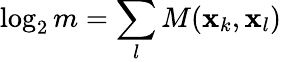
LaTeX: \log_{2}m=\sum_{l}M(\mathbf{x}_{k},\mathbf{x}_{l})